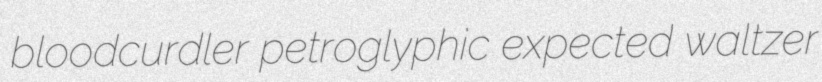
bloodcurdler petroglyphic expected waltzer